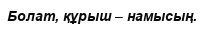
Болат, құрыш – намысың.